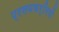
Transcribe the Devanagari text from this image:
प्रसवकर्मियों